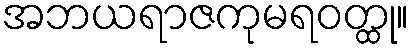
အဘယရာဇကုမရဝတ္ထု။